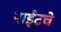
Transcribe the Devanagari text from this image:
नाईटचे